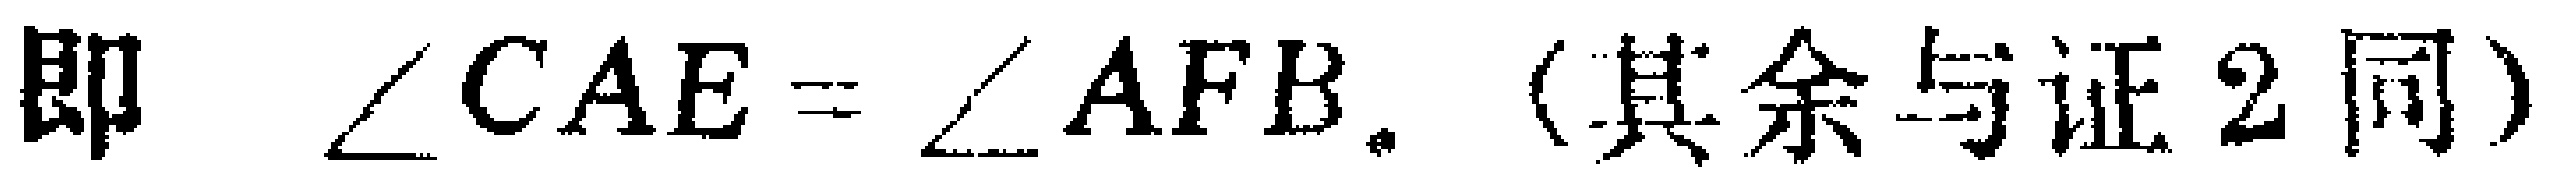
即 $\angle CAE = \angle AFB$.（其余与证2同）